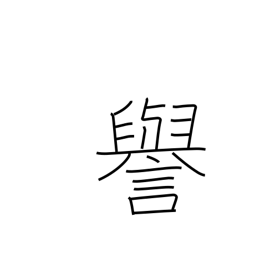
Meaning: fame